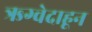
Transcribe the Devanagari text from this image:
ऋग्वेदाहून